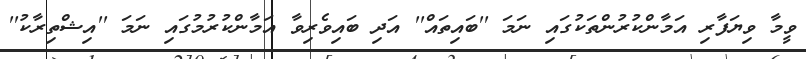
ވީމާ ވިޔަފާރި އަމާންކުރުންތަކުގައި ނަމަ ''ބައިތައް'' އަދި ބައިވެރިވާ އަމާންކުރުމުގައި ނަމަ ''އިޝްތިރާކު''